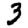
Digit: 3